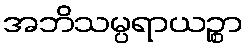
အဘိသမ္ပရာယဉ္စာ